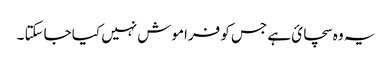
یہ وہ سچائ ہے جس کو فراموش نہیں کیا جاسکتا ۔